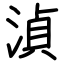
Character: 湞